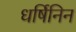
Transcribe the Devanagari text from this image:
धर्षिनिन